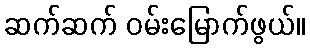
ဆက်ဆက် ဝမ်းမြောက်ဖွယ်။